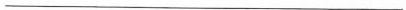
___